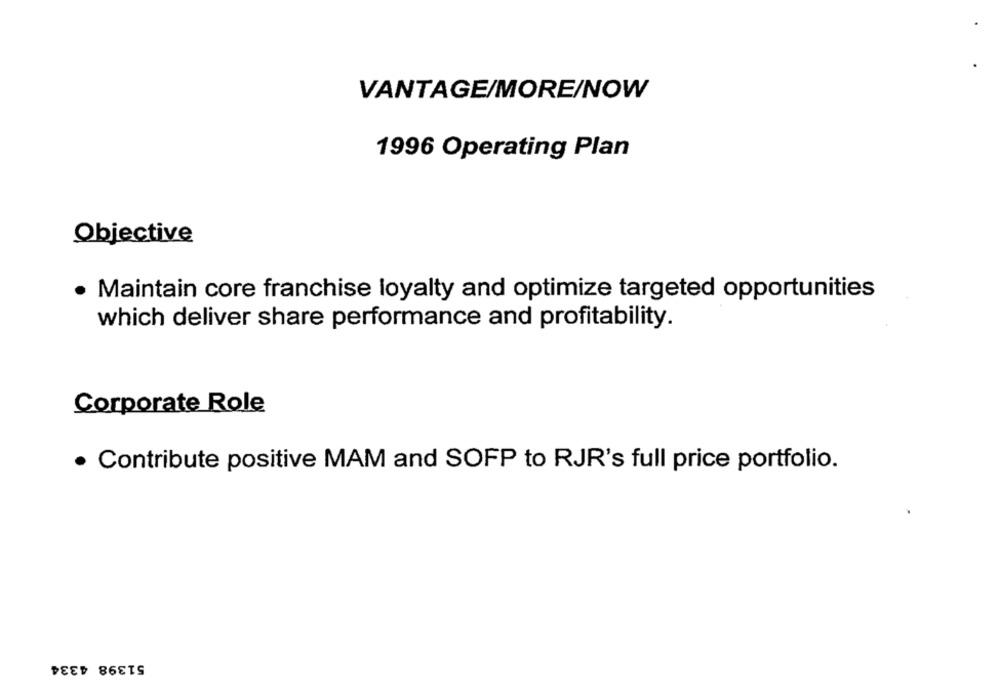
VANTAGE/MORE/NOW
1996 Operating Plan
Objective
· Maintain core franchise loyalty and optimize targeted opportunities
which deliver share performance and profitability.
Corporate Role
· Contribute positive MAM and SOFP to RJR's full price portfolio.
51398 4334